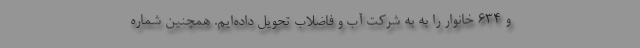
و ۶۳۴ خانوار را به به شرکت آب و فاضلاب تحویل داده‌ایم. همچنین شماره